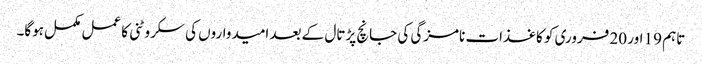
تاہم 19 اور 20 فروری کو کاغذات نامزگی کی جانچ پڑتال کے بعد امیدواروں کی سکروٹنی کا عمل مکمل ہوگا۔